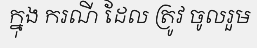
ក្នុង ករណី ដែល ត្រូវ ចូលរួម